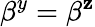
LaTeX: \beta^{y}=\beta^{\mathbf{z}}